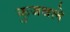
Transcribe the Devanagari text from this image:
कुजवले